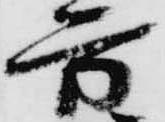
方